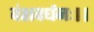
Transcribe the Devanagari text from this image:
वंशवर्धनः।।